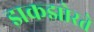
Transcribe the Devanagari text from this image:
झकझोरते